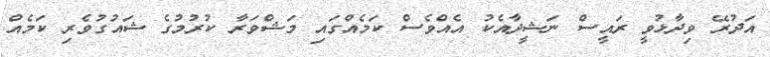
އަދުރޭ ވިދާޅުވީ ރައީސް ނަޝީދާއެކު އެއްވެސް ކަމެއްގައި މަޝްވަރާ ކުރުމުގެ ޝައުގުވެރި ކަމެއް